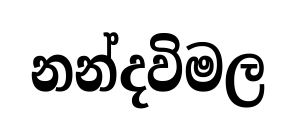
නන්දවිමල